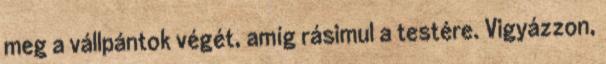
meg a vállpántok végét, amíg rásimul a testére. Vigyázzon,